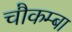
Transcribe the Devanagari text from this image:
चौकम्‍बा